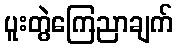
ပူးတွဲကြေညာချက်